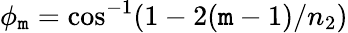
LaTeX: \phi_{\mathtt{m}}=\cos^{-1}(1-2(\mathtt{m}-1)/n_{2})